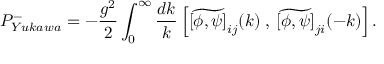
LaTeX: P _ { Y u k a w a } ^ { - } = - \frac { g ^ { 2 } } { 2 } \int _ { 0 } ^ { \infty } \frac { d k } { k } \left[ \widetilde { [ \phi , \psi ] } _ { i j } ( k ) \: , \: \widetilde { [ \phi , \psi ] } _ { j i } ( - k ) \right] .